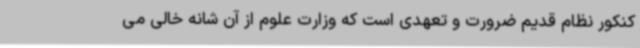
کنکور نظام قدیم ضرورت و تعهدی است که وزارت علوم از آن شانه خالی می